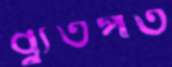
ব্যুতপত